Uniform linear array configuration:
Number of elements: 24
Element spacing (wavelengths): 0.25
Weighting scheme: hann
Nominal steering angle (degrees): -60
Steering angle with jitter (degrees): -59.66
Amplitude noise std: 0.05
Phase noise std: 0.05

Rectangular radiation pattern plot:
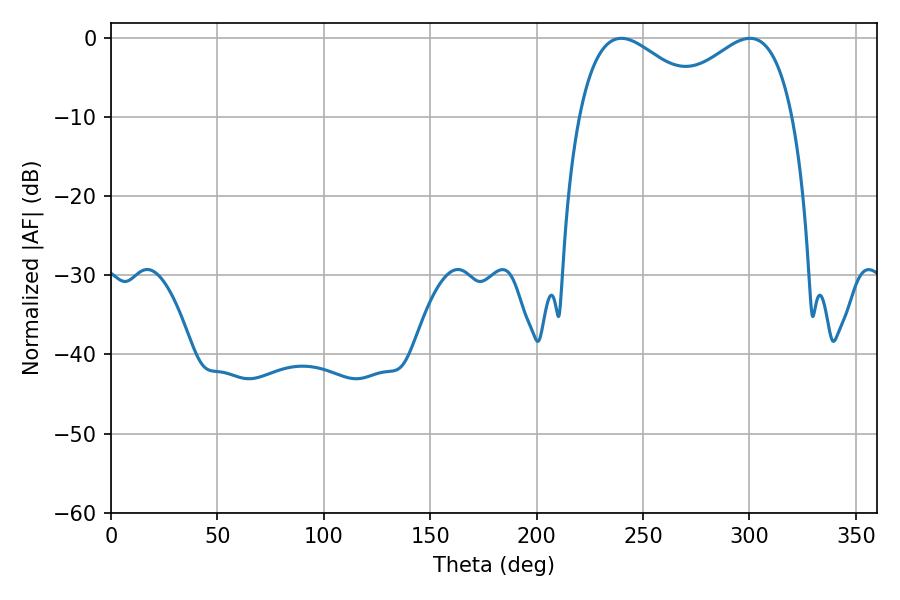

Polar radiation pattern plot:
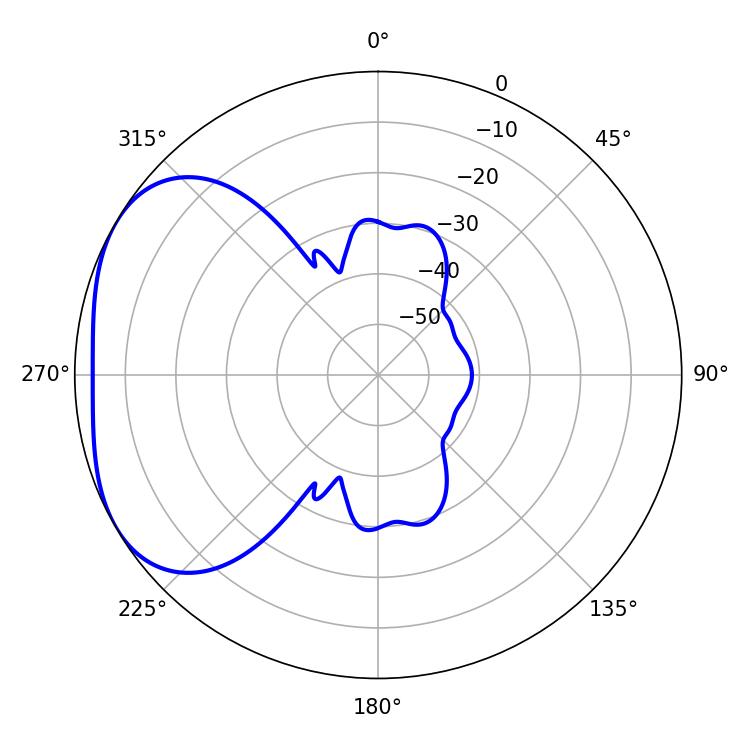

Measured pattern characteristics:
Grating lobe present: FALSE
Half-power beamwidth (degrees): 34.02
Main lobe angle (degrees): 239.76